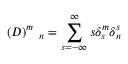
( D ) _ { \quad n } ^ { m } = \sum _ { s = - \infty } ^ { \infty } s \delta _ { s } ^ { m } \delta _ { n } ^ { s }